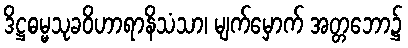
ဒိဋ္ဌဓမ္မသုခဝိဟာရာနိသံသာ၊ မျက်မှောက် အတ္တဘော၌